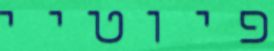
פיוטיי